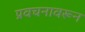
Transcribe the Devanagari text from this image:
प्रवचनावरून